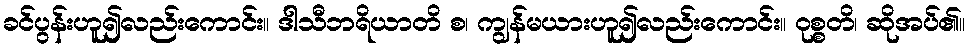
ခင်ပွန်းဟူ၍လည်းကောင်း။ ဒါသီဘရိယာတိ စ၊ ကျွန်မယားဟူ၍လည်းကောင်း။ ဝုစ္စတိ၊ ဆိုအပ်၏။